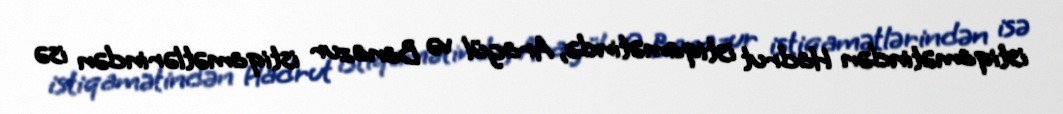
istiqamətindən Hadrut istiqamətində, Aragül və Banazur istiqamətlərindən isə